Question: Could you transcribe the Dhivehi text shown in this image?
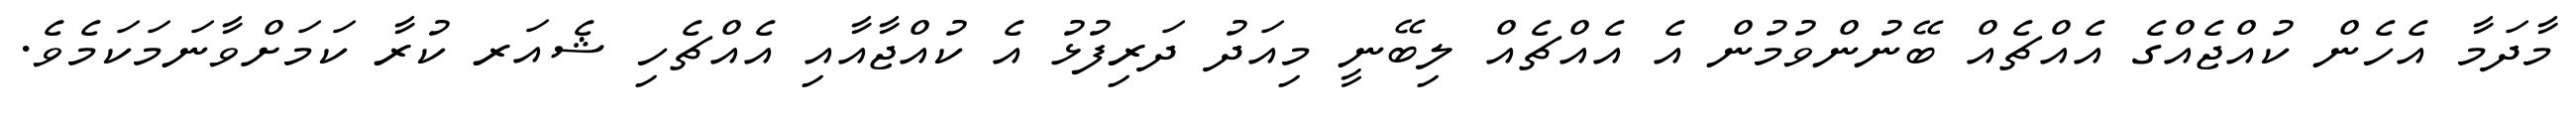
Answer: މާދަމާ އެހެން ކުއްޖެއްގެ އެއްޗެއް ބޭނުންވުމުން އެ އެއްޗެއް ލިބޭނީ މިއަދު ދަރިފުޅު އެ ކުއްޖާއާއި އެއްޗެހި ޝެއަރ ކުރާ ކަމަށްވާނަމަކަމެވެ.